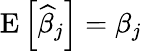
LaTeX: \operatorname{E}\left[{\widehat{\beta}}_{j}\right]=\beta_{j}